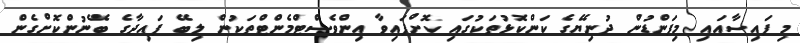
މި ފައިސާއައި މިފަންޑުން ދުނިޔޭގެ ކަންކޮޅުތަކުގައި ކޮށްފައިވާ އިންވެސްޓްމެންޓްތަކުން ލިބޭ ފައިދާގެ ބޭނުންކޮށްގެން